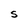
Character: S